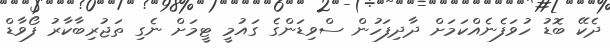
ދެކޭ ބޮޑު ހުވަފެނެއްކަމަށް ދާދިފަހުން ސްވިޑަންގެ ގައުމީ ޓީމަށް ނެގި ތަޖުރިބާކާރު ފޯވާޑް